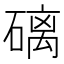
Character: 𥕮